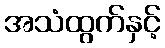
အသံထွက်နှင့်